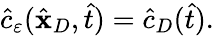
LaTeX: \begin{array}{r}{\hat{c}_{\varepsilon}(\hat{\mathbf x}_{D},\hat{t})=\hat{c}_{D}(\hat{t}).}\end{array}